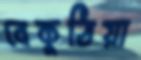
বেকুঠিয়া